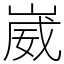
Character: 崴